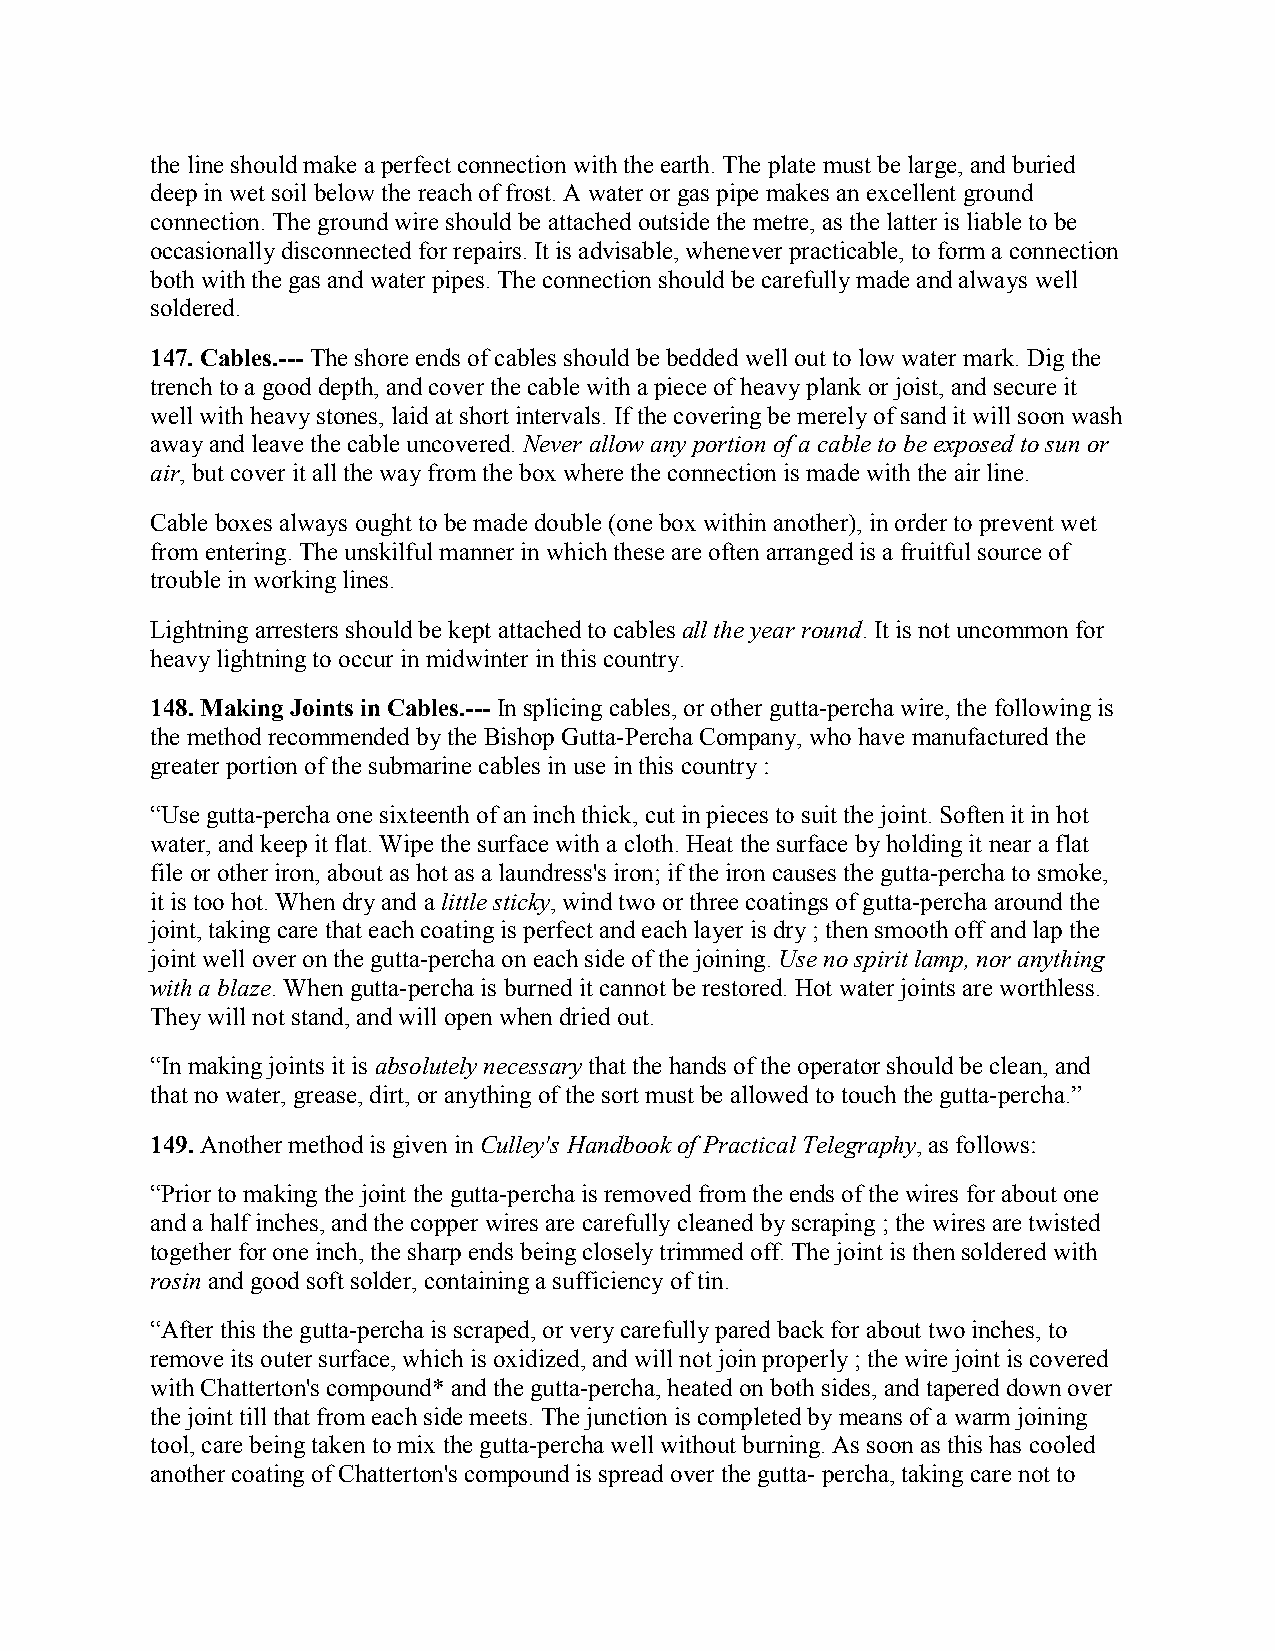
the line should make a perfect connection with the earth. The plate must be large, and buried
 deep in wet soil below the reach of frost. A water or gas pipe makes an excellent ground
 connection. The ground wire should be attached outside the metre, as the latter is liable to be
 occasionally disconnected for repairs. It is advisable, whenever practicable, to form a connection
 both with the gas and water pipes. The connection should be carefully made and always well
 soldered.
 147. Cables.--- The shore ends of cables should be bedded well out to low water mark. Dig the
 trench to a good depth, and cover the cable with a piece of heavy plank or joist, and secure it
 well with heavy stones, laid at short intervals. If the covering be merely of sand it will soon wash
 away and leave the cable uncovered. Never allow any portion of a cable to be exposed to sun or
 air, but cover it all the way from the box where the connection is made with the air line.
 Cable boxes always ought to be made double (one box within another), in order to prevent wet
 from entering. The unskilful manner in which these are often arranged is a fruitful source of
 trouble in working lines.
 Lightning arresters should be kept attached to cables all the year round. It is not uncommon for
 heavy lightning to occur in midwinter in this country.
 148. Making Joints in Cables.--- In splicing cables, or other gutta-percha wire, the following is
 the method recommended by the Bishop Gutta-Percha Company, who have manufactured the
 greater portion of the submarine cables in use in this country :
 “Use gutta-percha one sixteenth of an inch thick, cut in pieces to suit the joint. Soften it in hot
 water, and keep it flat. Wipe the surface with a cloth. Heat the surface by holding it near a flat
 file or other iron, about as hot as a laundress's iron; if the iron causes the gutta-percha to smoke,
 it is too hot. When dry and a little sticky, wind two or three coatings of gutta-percha around the
 joint, taking care that each coating is perfect and each layer is dry ; then smooth off and lap the
 joint well over on the gutta-percha on each side of the joining. Use no spirit lamp, nor anything
 with a blaze. When gutta-percha is burned it cannot be restored. Hot water joints are worthless.
 They will not stand, and will open when dried out.
 “In making joints it is absolutely necessary that the hands of the operator should be clean, and
 that no water, grease, dirt, or anything of the sort must be allowed to touch the gutta-percha.”
 149. Another method is given in Culley's Handbook of Practical Telegraphy, as follows:
 “Prior to making the joint the gutta-percha is removed from the ends of the wires for about one
 and a half inches, and the copper wires are carefully cleaned by scraping ; the wires are twisted
 together for one inch, the sharp ends being closely trimmed off. The joint is then soldered with
 rosin and good soft solder, containing a sufficiency of tin.
 “After this the gutta-percha is scraped, or very carefully pared back for about two inches, to
 remove its outer surface, which is oxidized, and will not join properly ; the wire joint is covered
 with Chatterton's compound* and the gutta-percha, heated on both sides, and tapered down over
 the joint till that from each side meets. The junction is completed by means of a warm joining
 tool, care being taken to mix the gutta-percha well without burning. As soon as this has cooled
 another coating of Chatterton's compound is spread over the gutta- percha, taking care not to